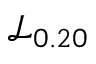
\mathcal { L } _ { 0 . 2 0 }